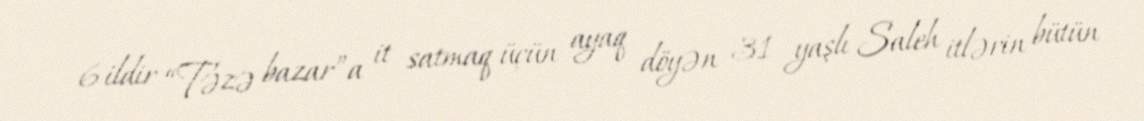
6 ildir “Təzə bazar”a it satmaq üçün ayaq döyən 31 yaşlı Saleh itlərin bütün